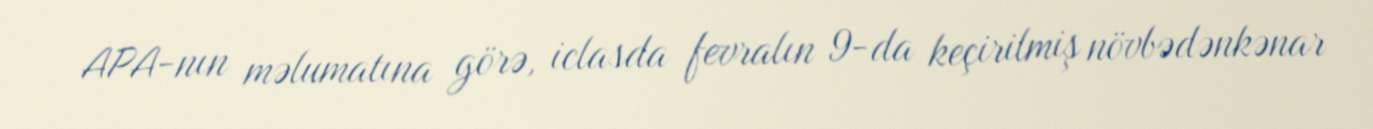
APA-nın məlumatına görə, iclasda fevralın 9-da keçirilmiş növbədənkənar